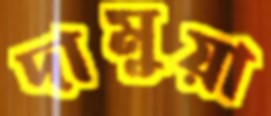
দামুয়া